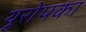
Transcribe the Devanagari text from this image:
यूरोपका